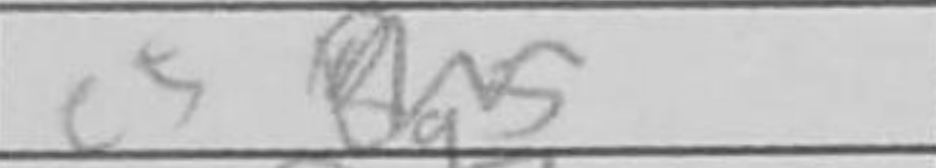
Transcription: e5